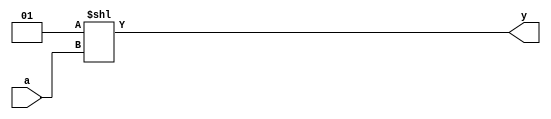
module decoder4(a, y);
input [3:0] a;
output [15:0] y;
assign y = 1 << a;

endmodule